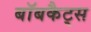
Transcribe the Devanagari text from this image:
बॉबकैट्स